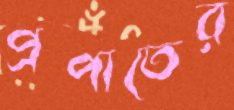
প্রপাতের